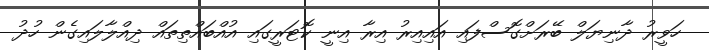
ހަވީރު ދާނިޔަލް ބޭރަށްގޮސްފައި އައިއިރު އިރާ އިނީ ކޮޓަރީގައި އުއްބައްތިތައް ދިއްލާލައިގެން ހުދު